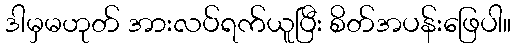
ဒါမှမဟုတ် အားလပ်ရက်ယူပြီး စိတ်အပန်းဖြေပါ။